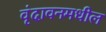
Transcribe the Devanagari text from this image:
वृंदावनमधील